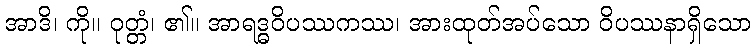
အာဒိ၊ ကို။ ဝုတ္တံ၊ ၏။ အာရဒ္ဓဝိပဿကဿ၊ အားထုတ်အပ်သော ဝိပဿနာရှိသော